Mental hospitals Bombay report 1921-28 - 1921-1928
Year: 1921
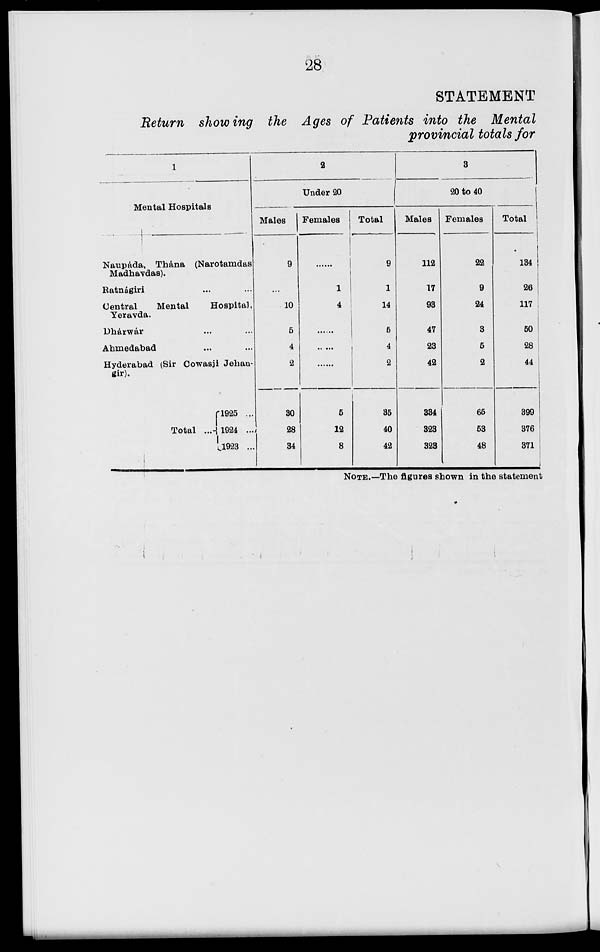
28
STATEMENT
Return showing the Ages of Patients into the Mental
provincial totals for
1
Mental Hospitals
Naupáda, Thána (Narotamdas
Madhavdas).
Ratnágiri ... ...
Central
Mental
Hospital,
Yeravda.
Dhárwár ... ...
Ahmedabad ... ...
Hyderabad (Sir Cowasji Jehan-
gir).
Total ...
1925 ...
1924 ...
1923 ...
2
Under 20
Males
9
...
10
5
4
2
30
28
34
Females
......
1
4
...
...
5
12
8
Total
9
1
14
5
4
2
35
40
42
3
20 to 40
Males
112
17
93
47
23
42
334
323
323
Females
22
9
24
3
5
2
65
53
48
Total
134
26
117
50
28
44
399
376
371
NOTE.—The figures shown in the statement